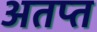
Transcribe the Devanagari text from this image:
अतप्त